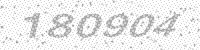
Solution: 180904